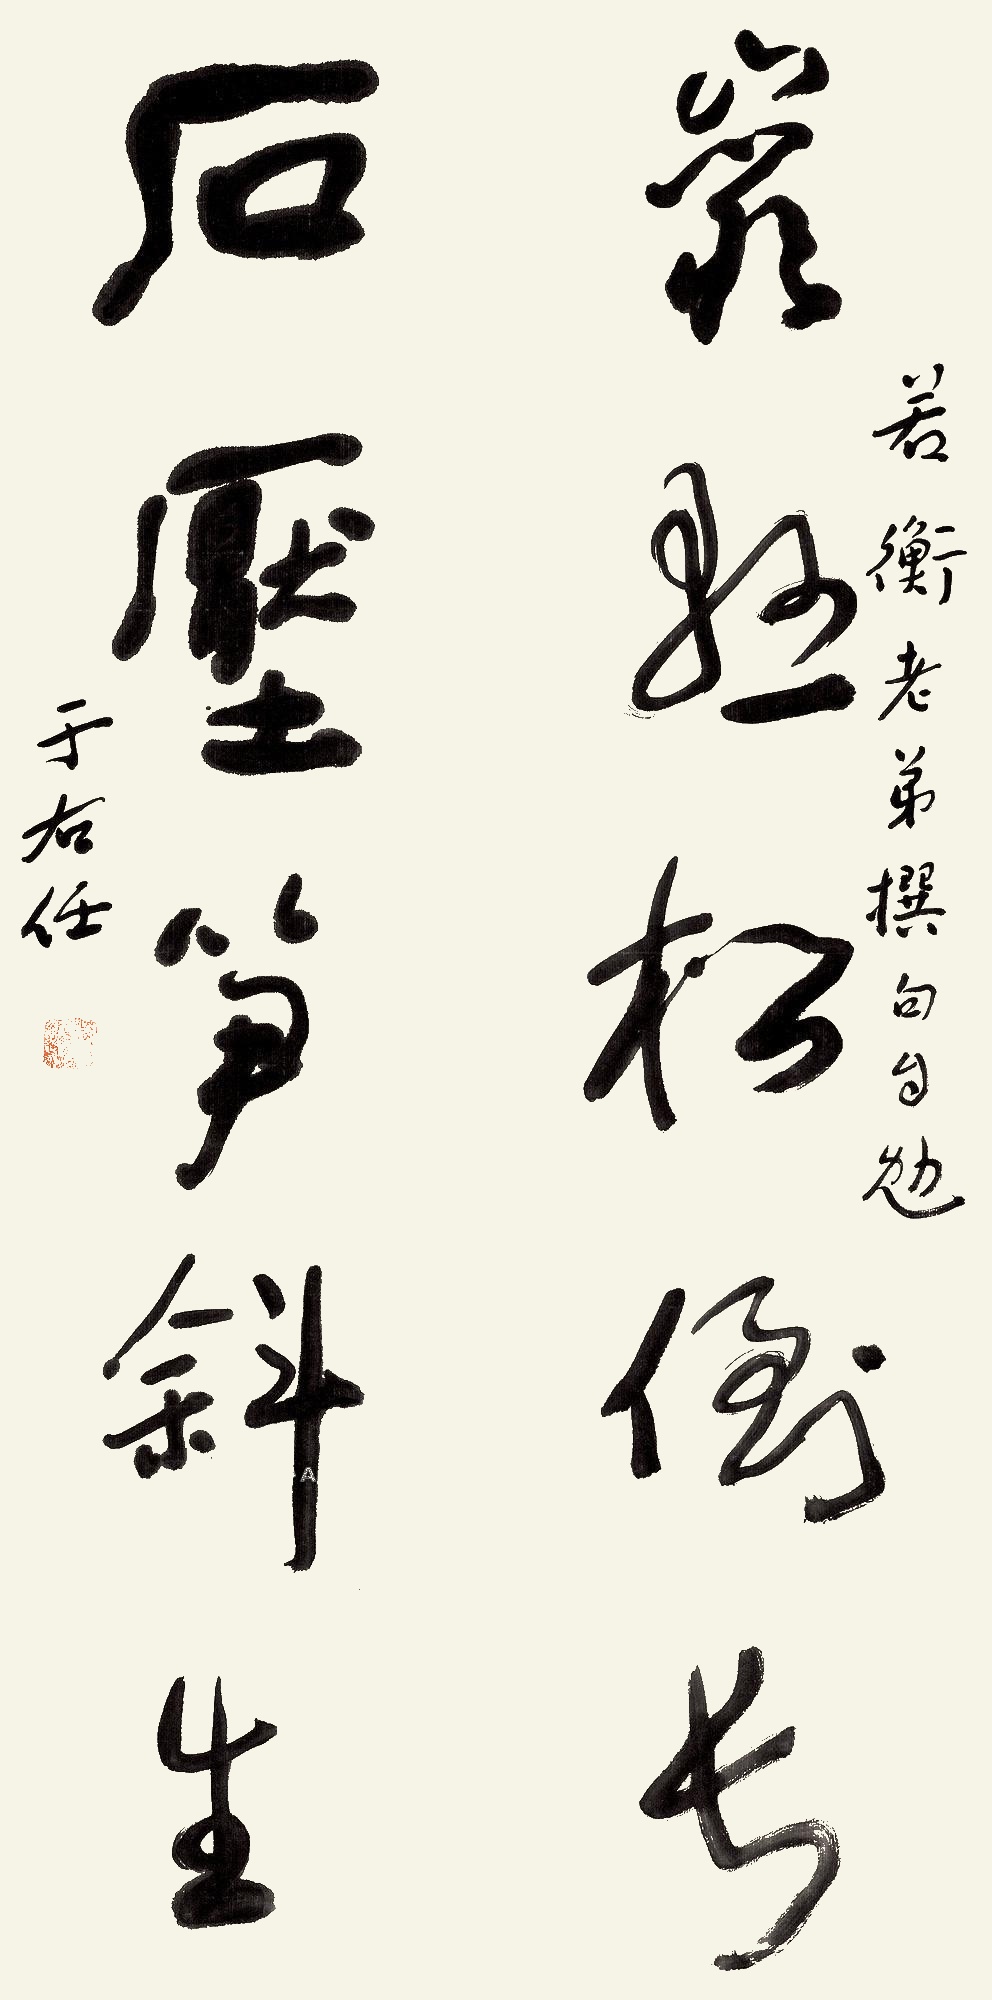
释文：石压笋斜生，苦悬松倒长。若衡老弟撰句自勉，于右任。